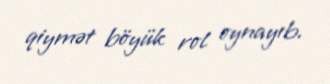
qiymət böyük rol oynayıb.